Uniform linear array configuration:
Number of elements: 64
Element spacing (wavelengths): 0.75
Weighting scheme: hann
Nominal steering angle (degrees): -15
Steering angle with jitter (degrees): -13.844
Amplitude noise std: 0.05
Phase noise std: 0.05

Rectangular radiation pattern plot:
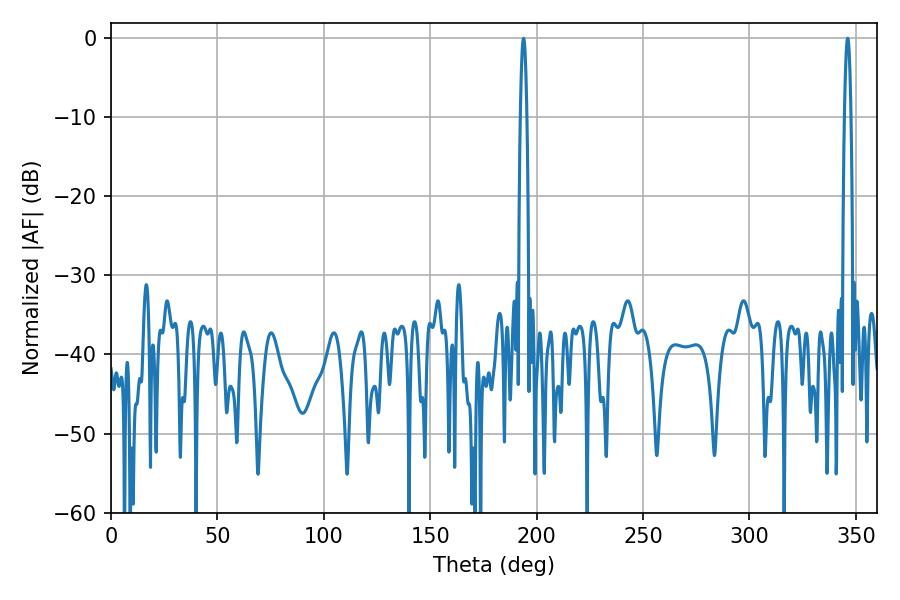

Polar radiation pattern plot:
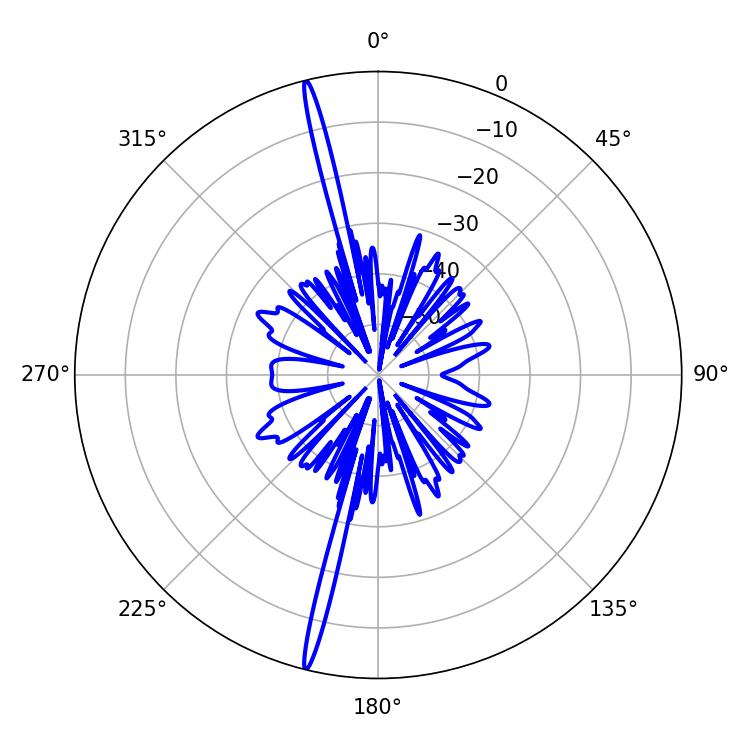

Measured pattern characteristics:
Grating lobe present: TRUE
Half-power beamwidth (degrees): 1.62
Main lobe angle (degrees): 193.86